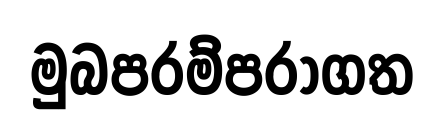
මුබපරම්පරාගත